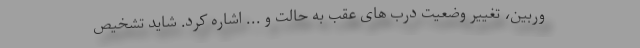
وربین، تغییر وضعیت درب های عقب به حالت و ... اشاره کرد. شاید تشخیص